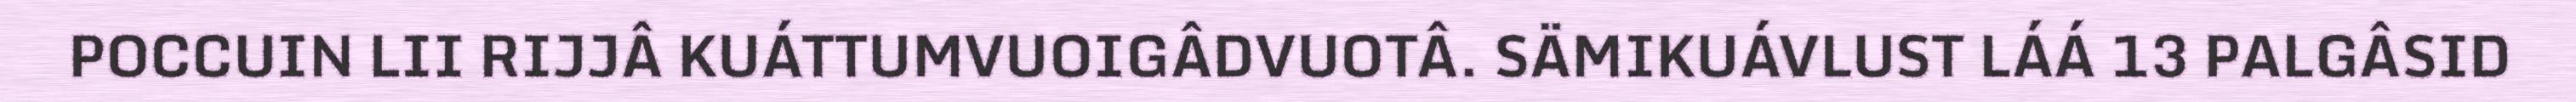
POCCUIN LII RIJJÂ KUÁTTUMVUOIGÂDVUOTÂ. SÄMIKUÁVLUST LÁÁ 13 PALGÂSID